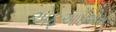
એફઆઇએસ